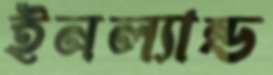
ইনল্যান্ড